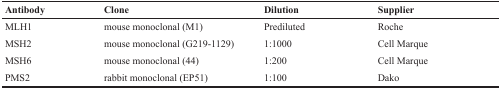
| Antibody | Clone | Dilution | Supplier |
 | --- | --- | --- | --- |
 | MLH1 | mouse monoclonal (M1) | Prediluted | Roche |
 | MSH2 | mouse monoclonal (G219-1129) | 1:1000 | Cell Marque |
 | MSH6 | mouse monoclonal (44) | 1:200 | Cell Marque |
 | PMS2 | rabbit monoclonal (EP51) | 1:100 | Dako |